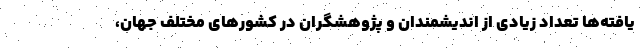
یافته‌ها تعداد زیادی از اندیشمندان و پژوهشگران در کشورهای مختلف جهان،